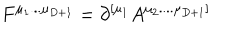
F ^ { \mu _ { 1 } . . . \mu _ { D + 1 } } = \partial ^ { [ \mu _ { 1 } } A ^ { \mu _ { 2 } . . . . \mu _ { D + 1 } ] }